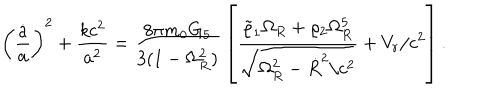
\left( { \frac { \dot { a } } { a } } \right) ^ { 2 } + { \frac { k c ^ { 2 } } { a ^ { 2 } } } = { \frac { 8 \pi m _ { 0 } G _ { 5 } } { 3 ( 1 - \Omega _ { R } ^ { 2 } ) } } \left[ { \frac { \tilde { \varrho } _ { 1 } \Omega _ { R } + \varrho _ { 2 } \Omega _ { R } ^ { 5 } } { \sqrt { \Omega _ { R } ^ { 2 } - \dot { R } ^ { 2 } / c ^ { 2 } } } } + V _ { r } / c ^ { 2 } \right] .